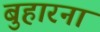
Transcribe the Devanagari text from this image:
बुहारना